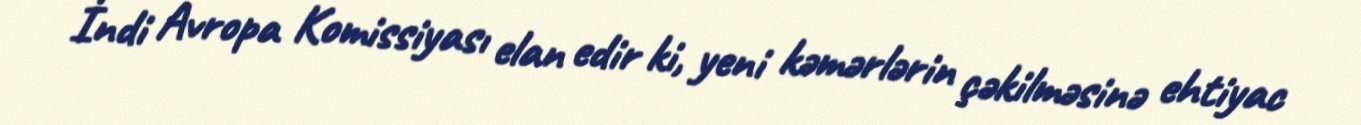
İndi Avropa Komissiyası elan edir ki, yeni kəmərlərin çəkilməsinə ehtiyac